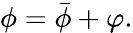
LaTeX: \phi=\bar{\phi}+\varphi.